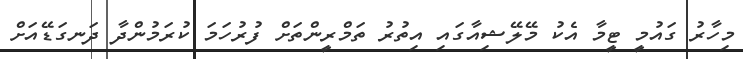
މިހާރު ގައުމީ ޓީމާ އެކު މޭލޭޝިއާގައި އިތުރު ތަމްރީންތަށް ފުރުހަމަ ކުރަމުންދާ ދަނގަޑޭއަށް